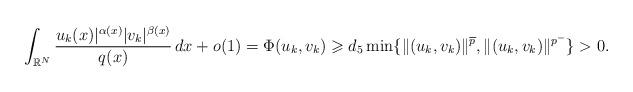
LaTeX: \begin{align*} \int_{\mathbb{R}^{N}}\frac{u_k(x)|^{\alpha(x)}|v_k|^{\beta(x)}}{q(x)}\,dx +o(1) = \Phi(u_k,v_k)\geqslant d_5\min \{ \|(u_k, v_k)\|^{\overline{p}}, \|(u_k, v_k)\|^{p^{-}} \}>0.\end{align*}